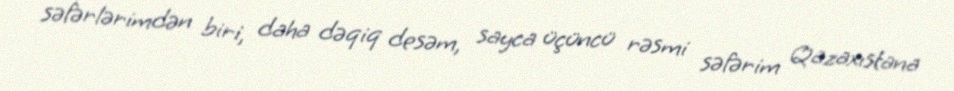
səfərlərimdən biri, daha dəqiq desəm, sayca üçüncü rəsmi səfərim Qazaxıstana